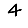
Digit: 4